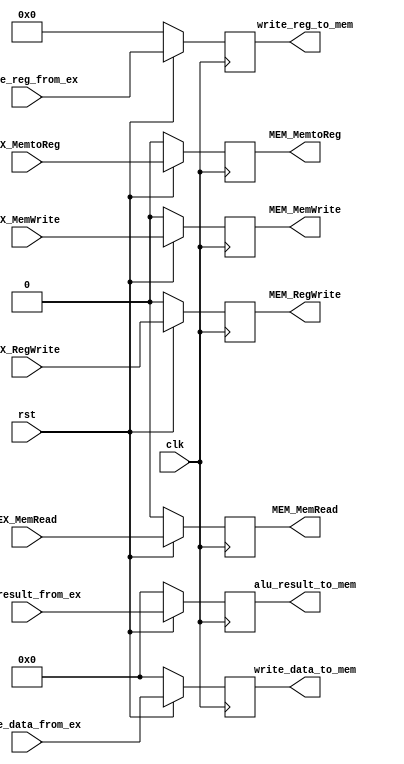
`timescale 1ns / 1ps
//////////////////////////////////////////////////////////////////////////////////
// Company: 
// Engineer: 
// 
// Design Name: 
// Module Name: EX_MEM
// Project Name: 
// Target Devices: 
// Tool Versions: 
// Description: 
// 
// Dependencies: 
// 
// Revision:
// Revision 0.01 - File Created
// Additional Comments:
// 
//////////////////////////////////////////////////////////////////////////////////


(* keep_hierarchy = "yes" *) module EX_MEM(clk, rst, EX_MemtoReg, EX_RegWrite, EX_MemRead, EX_MemWrite, alu_result_from_ex, write_data_from_ex, write_reg_from_ex, 
              MEM_MemtoReg, MEM_RegWrite, MEM_MemRead, MEM_MemWrite, alu_result_to_mem, write_data_to_mem, write_reg_to_mem);
    input clk, rst;
    input EX_MemtoReg, EX_RegWrite, EX_MemRead, EX_MemWrite;
    input [31:0] alu_result_from_ex, write_data_from_ex;
    input [4:0] write_reg_from_ex;
    output reg [31:0] alu_result_to_mem, write_data_to_mem;
    output reg [4:0] write_reg_to_mem;
    output reg MEM_MemtoReg, MEM_RegWrite, MEM_MemRead, MEM_MemWrite;
    
    always @(posedge clk) begin
        if(rst == 1'b0) begin
            alu_result_to_mem <= 32'b0;
            write_data_to_mem <= 32'b0;
            write_reg_to_mem <= 5'b0;
            MEM_MemtoReg <= 1'b0;
            MEM_RegWrite <= 1'b0;
            MEM_MemRead <= 1'b0;
            MEM_MemWrite <= 1'b0;
        end else begin
            alu_result_to_mem <= alu_result_from_ex;
            write_data_to_mem <= write_data_from_ex;
            write_reg_to_mem <= write_reg_from_ex;
            MEM_MemtoReg <= EX_MemtoReg;
            MEM_RegWrite <= EX_RegWrite;
            MEM_MemRead <= EX_MemRead;
            MEM_MemWrite <= EX_MemWrite;
        end
	end    
endmodule